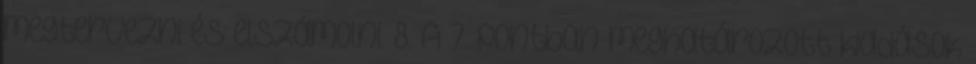
megtervezni és elszámolni. 8. A 7. pontban meghatározott kiadások